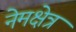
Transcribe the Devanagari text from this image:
नेमक्षेत्र